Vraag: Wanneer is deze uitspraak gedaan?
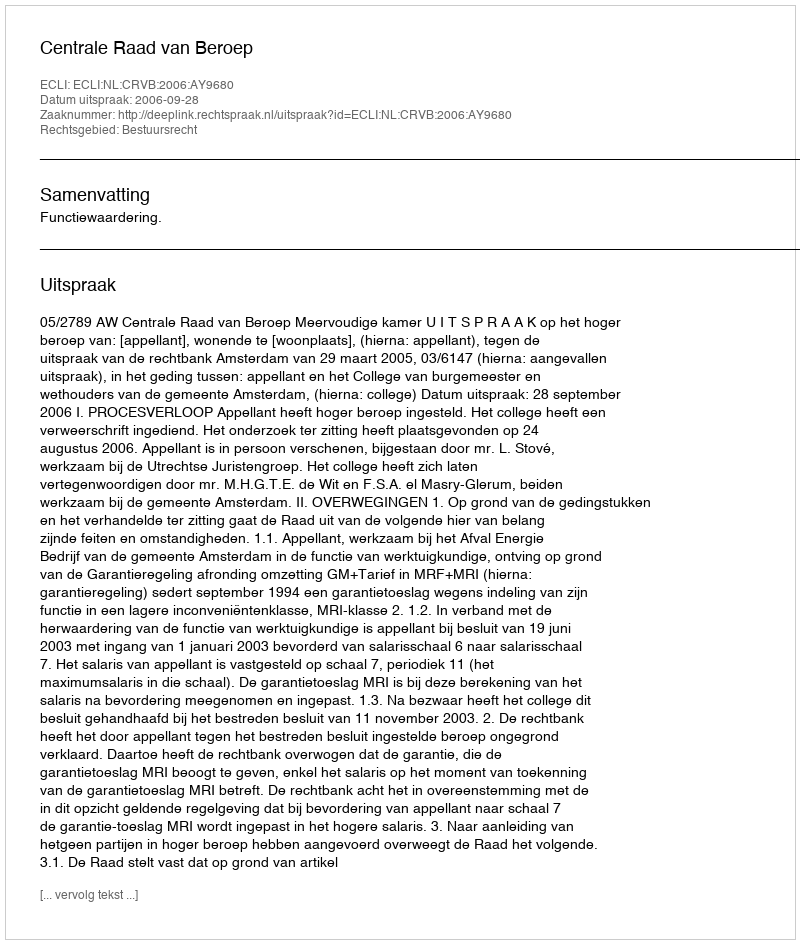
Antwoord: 2006-09-28